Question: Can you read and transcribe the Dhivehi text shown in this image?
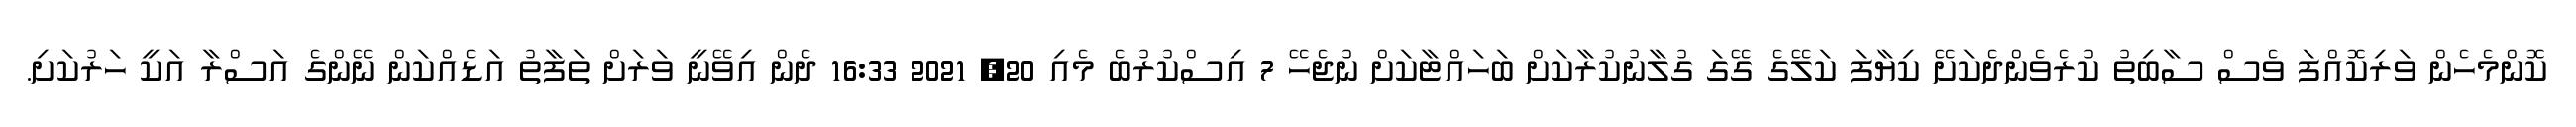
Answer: ކޮންމެހެން ވަރިކޮއްފަ ވެސް ސާބިތު ކުރެވެންދެކަށޭ ކިޔާފަ ކަލޭގެ ގޭގަ ގުލާނުކުރާކަށް ބަހައްޓާކަށް ނުޖެހޭ 7 އިސްކުރުބެ މެއި 20, 2021 16:33 ދެން އިވޭނީ ވަރަށް ތަފާތު އަޑެއްކަން ނޭންގެ އަސްރާ އަކީ ހަރުކަށި.